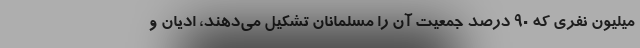
میلیون نفری که ۹۰ درصد جمعیت آن را مسلمانان تشکیل می‌دهند، ادیان و